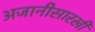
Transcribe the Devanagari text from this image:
अजानीसारखी